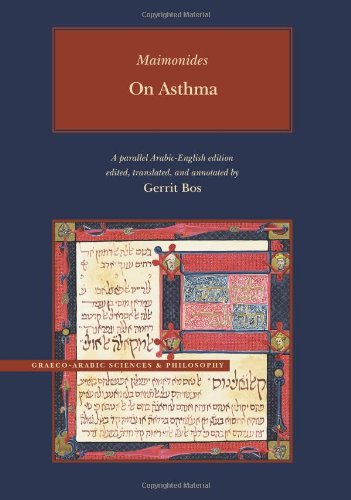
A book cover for On Asthma, Volume 1 (Brigham Young University - Medical Works of Moses Maimonides); Moses Maimonides; Health, Fitness & Dieting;